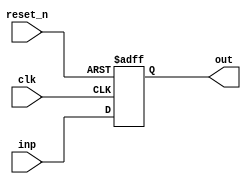
module PC(
    input  clk,
    input  reset_n,
    input  [31:0] inp,
    output reg [31:0] out
    );       
always @(posedge clk, negedge reset_n)
begin 
 if (!reset_n)
     out <= 32'd0;
else
     out <= inp;
end
endmodule